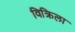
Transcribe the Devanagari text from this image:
विक्रिला